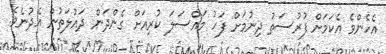
އެހެންވެ އެކަމަށް ފުރުސަތު ދިނުމަށް ފަހު މައްސަލަ ކުރިއަށް ގެންދަން ދައުލަތުން އެދުނެވެ.